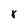
Character: 8